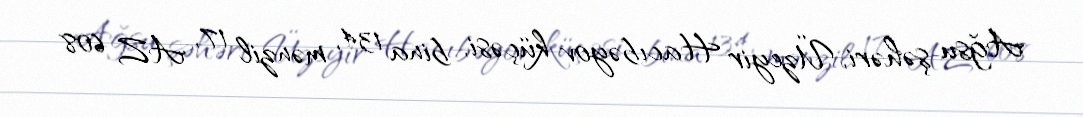
Ağsu şəhəri, Üzeyir Hacıbəyov küçəsi, bina 134, mənzil 17, AZ 608